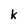
Character: K